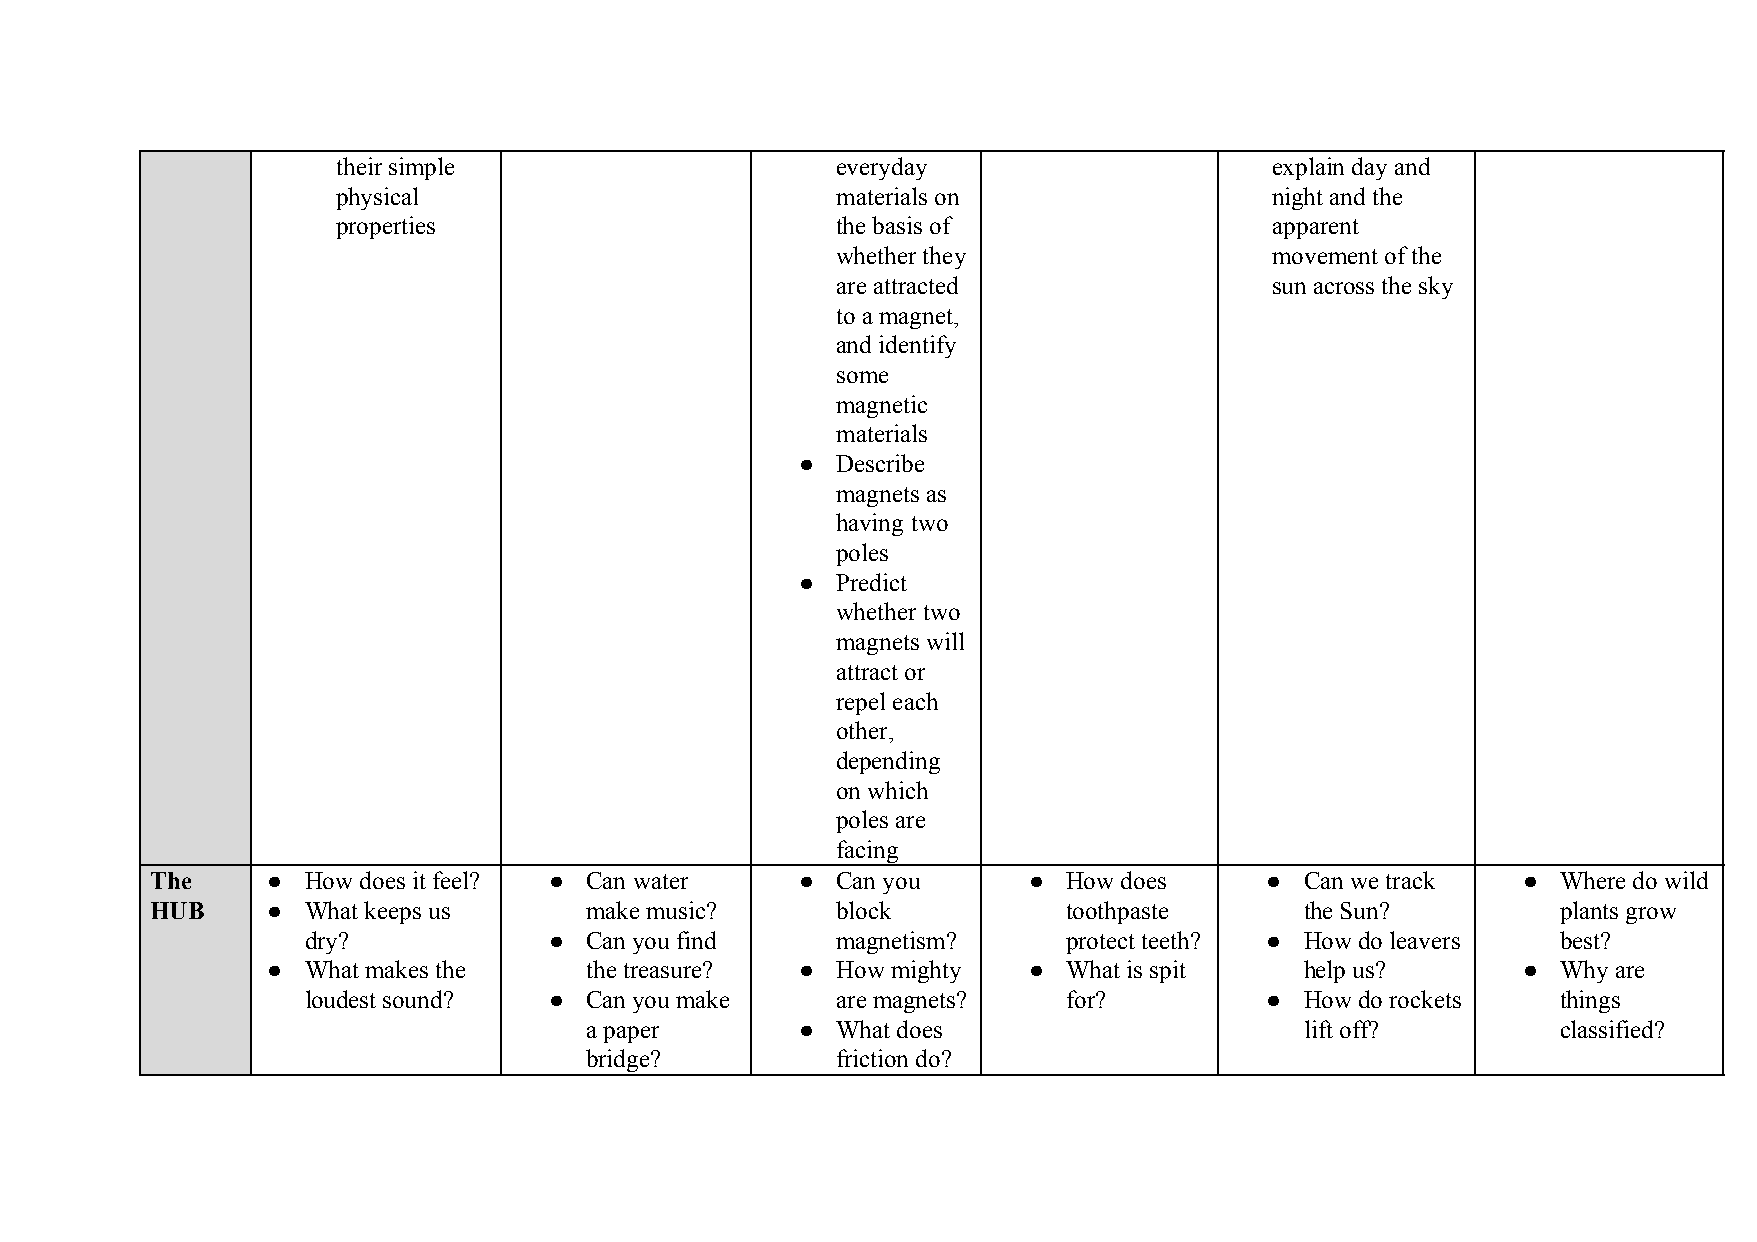
their simple                     everyday                     explain day and
 physical                         materials on                 night and the
 properties                       the basis of                 apparent
 whether they                 movement of the
 are attracted                sun across the sky
 to a magnet,
 and identify
 some
 magnetic
 materials
 ● Describe
 magnets as
 having two
 poles
 ● Predict
 whether two
 magnets will
 attract or
 repel each
 other,
 depending
 on which
 poles are
 facing
 The     ● How does it feel? ● Can water    ● Can you      ●  How does     ● Can we track   ● Where do wild
 HUB     ● What keeps us      make music?     block           toothpaste     the Sun?         plants grow
 dry?            ●  Can you find    magnetism?      protect teeth? ● How do leavers best?
 ● What makes the     the treasure? ● How mighty   ●  What is spit   help us?       ● Why are
 loudest sound?  ●  Can you make    are magnets?    for?         ● How do rockets   things
 a paper       ● What does                      lift off?        classified?
 bridge?         friction do?